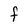
Character: F